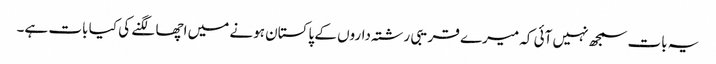
یہ بات سمجھ نہیں آئی کہ میرے قریبی رشتہ‌داروں کے پاکستان ہونے میں اچھا لگنے کی کیا بات ہے۔